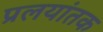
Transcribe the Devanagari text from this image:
प्रलयांतक